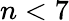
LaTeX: n<7